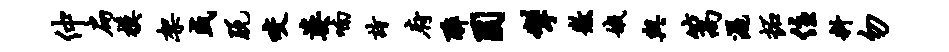
仲扁模架或脱咬婆喃诗府醉固掣徽娥与篙洒拓住料勿